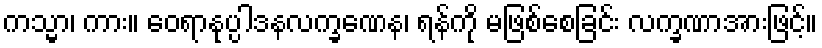
ကသ္မာ၊ ကား။ ဝေရာနုပ္ပါဒနလက္ခဏေန၊ ရန်ကို မဖြစ်စေခြင်း လက္ခဏာအားဖြင့်။